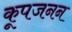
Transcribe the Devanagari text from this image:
कूपजनन